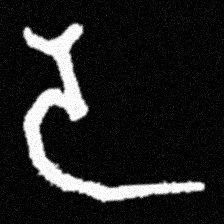
Pyu character \u2014 Myanmar letter: ဒ (romanized: da)